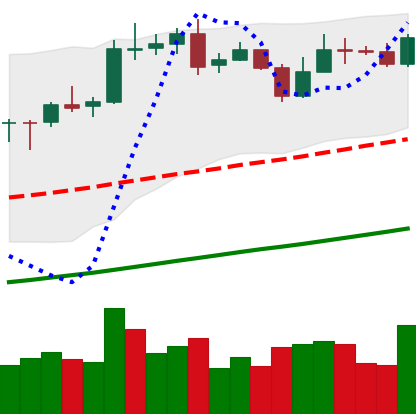
Ticker: BNB-USD
Chart end date: 2020-10-26
Forward return: -8.741%
Label: down_7plus